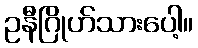
ဥနီဂြိုဟ်သားပေါ့။